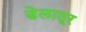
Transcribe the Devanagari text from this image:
डेलातूर